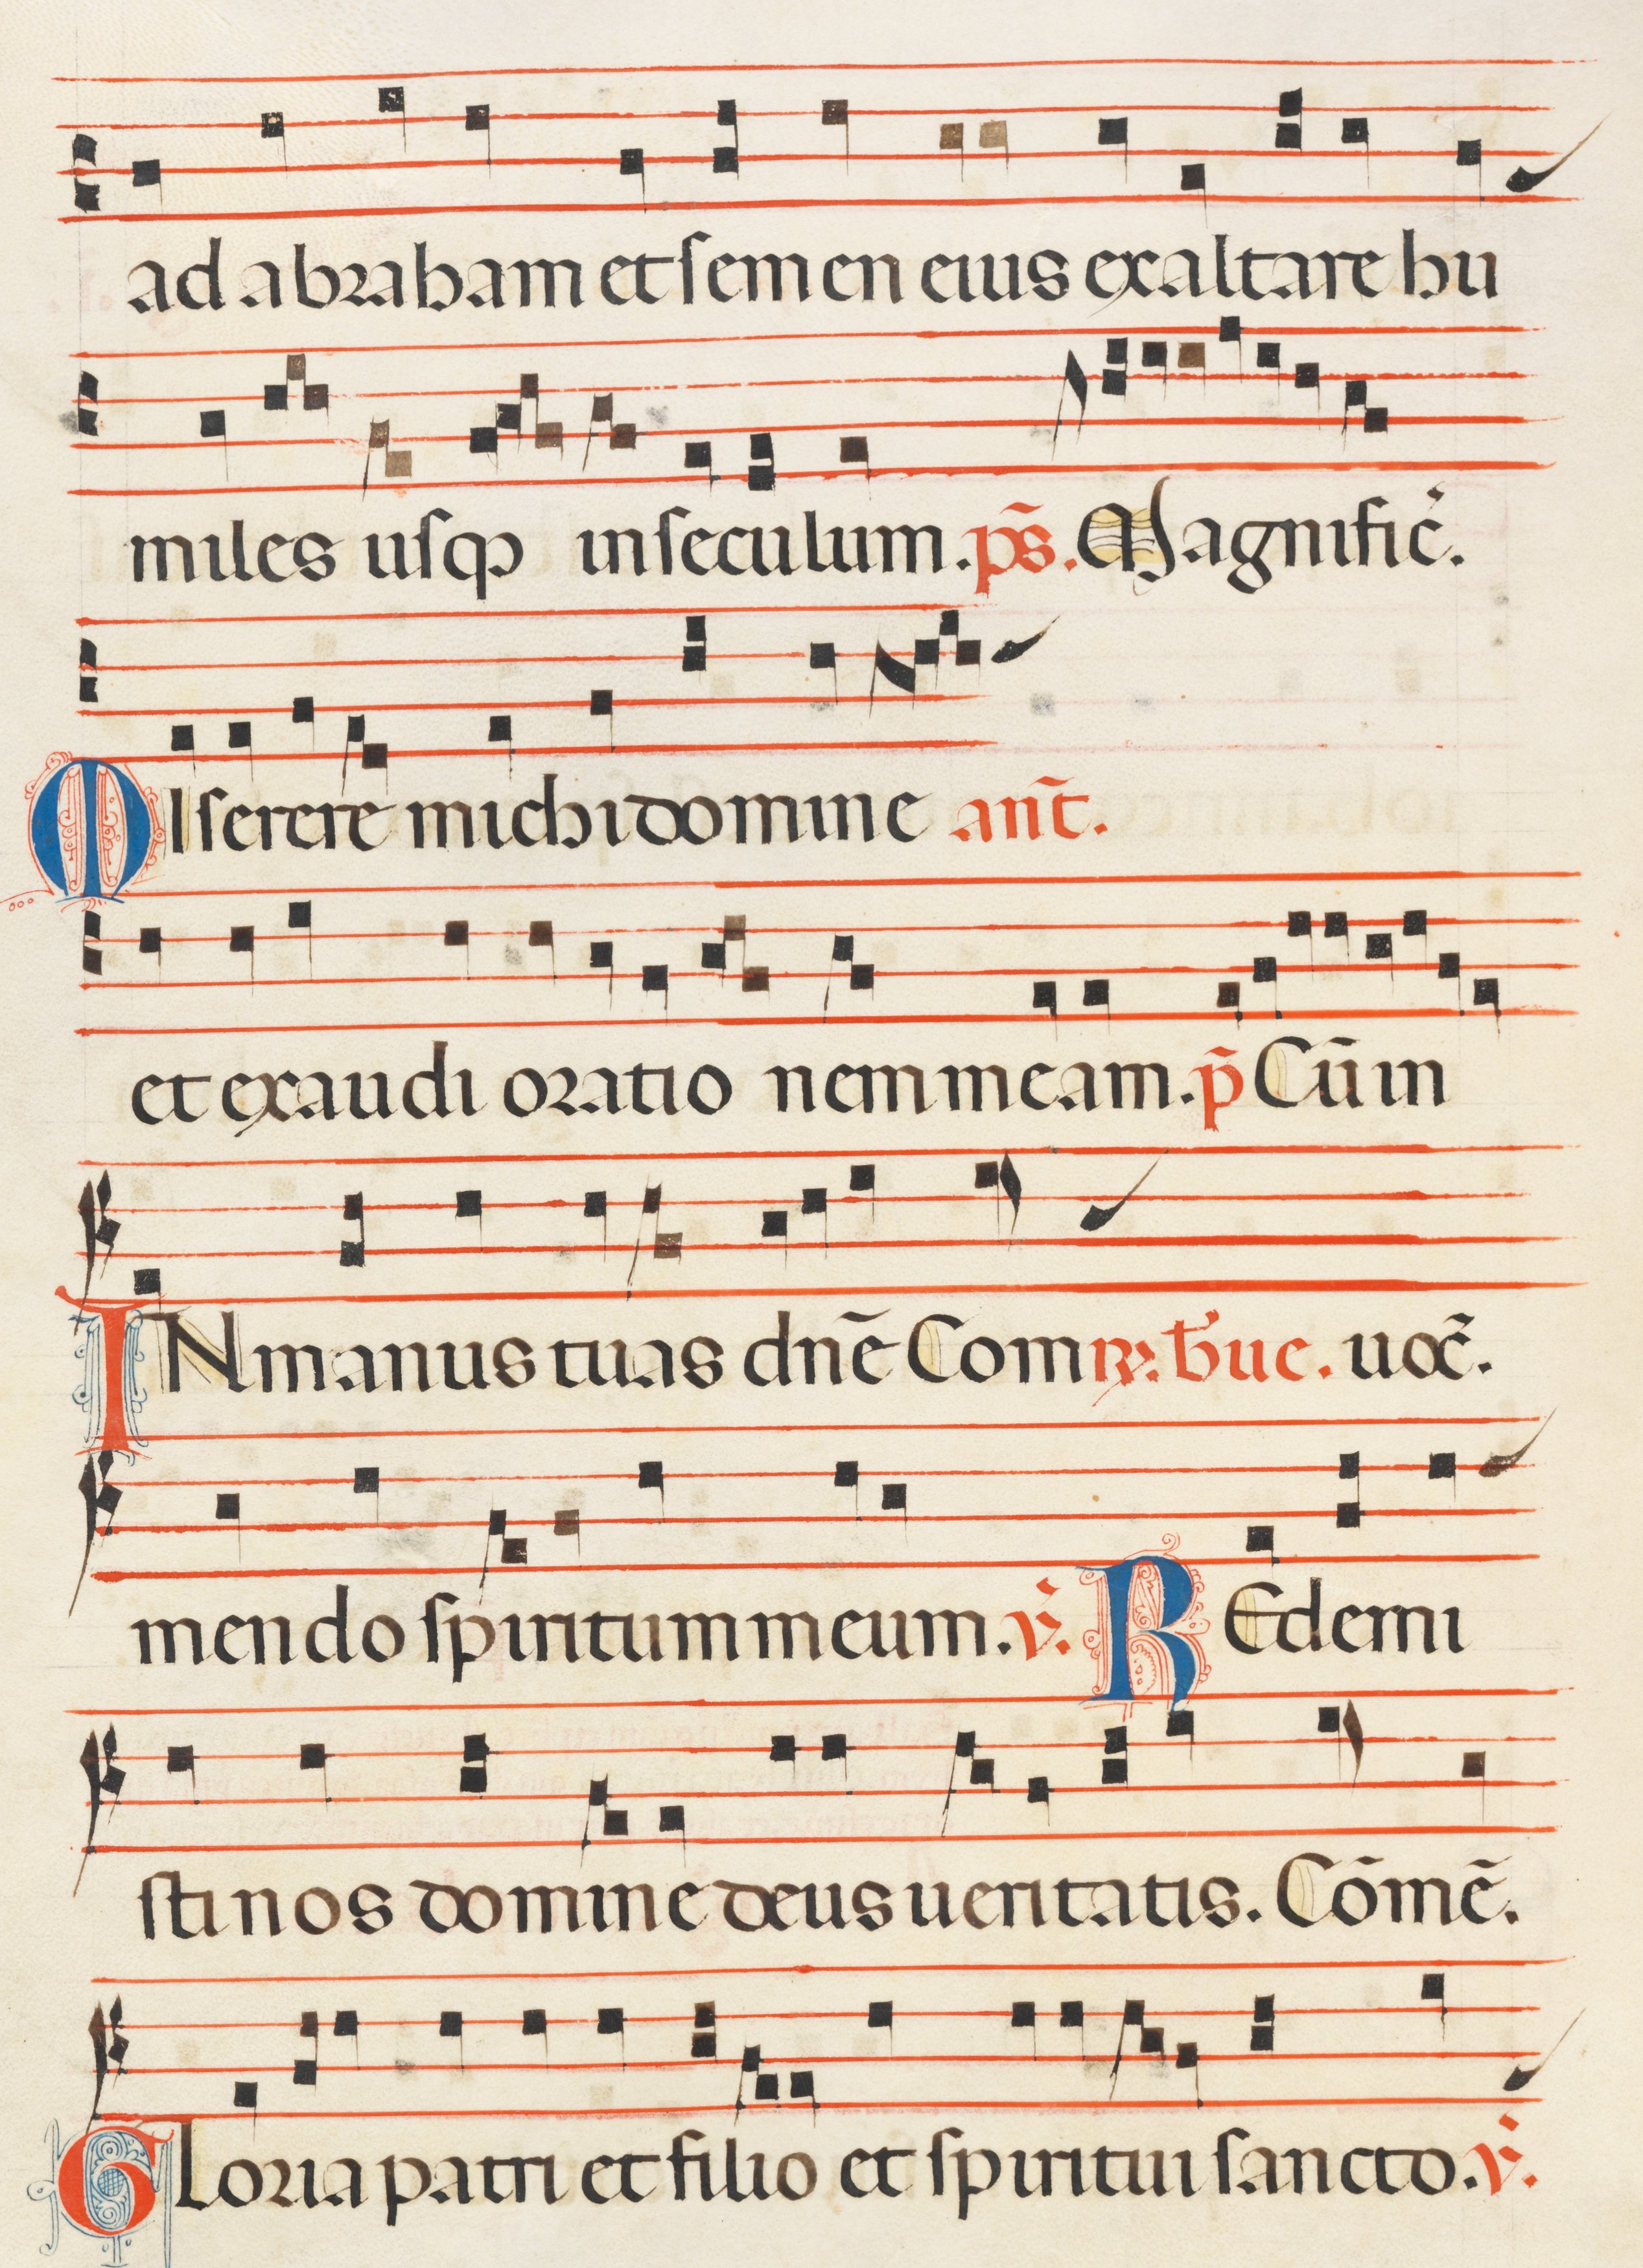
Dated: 1300–1330